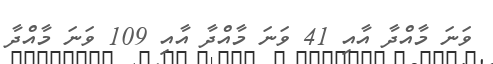
ވަނަ މާއްދާ އާއި 41 ވަނަ މާއްދާ އާއި 109 ވަނަ މާއްދާ